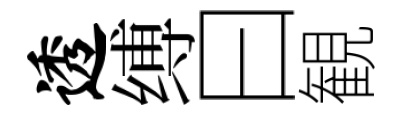
透缚曰観